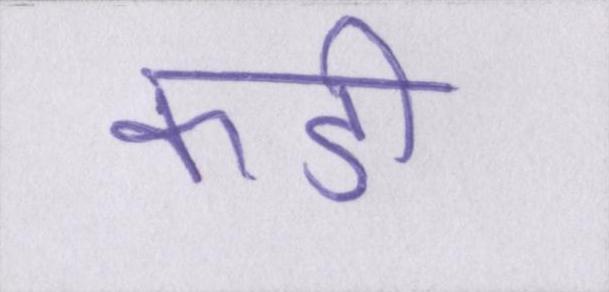
कडी